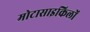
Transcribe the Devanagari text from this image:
मोटासाइकिलों